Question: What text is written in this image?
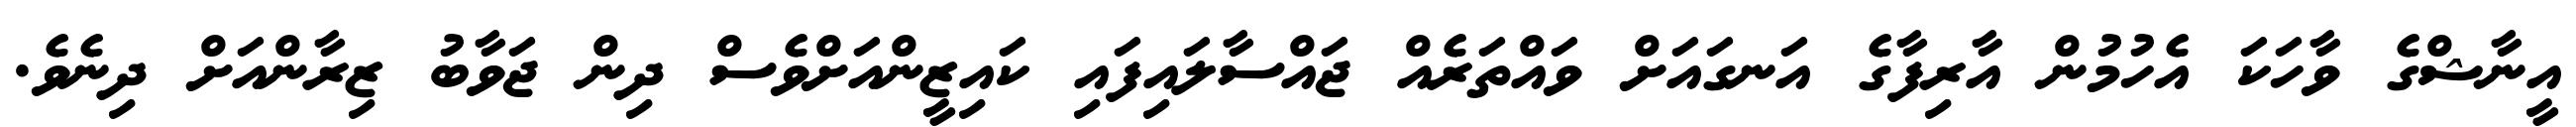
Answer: އީނާޝްގެ ވާހަކަ އެހުމުން އާރިފާގެ އަނގައަށް ވައްތަރެއް ޖައްސާލައިފައި ކައިޒީންއަށްވެސް ދިން ޖަވާބު ޒިރާންއަށް ދިނެވެ.